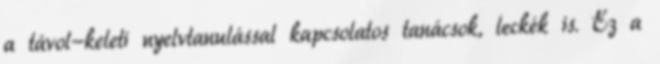
a távol-keleti nyelvtanulással kapcsolatos tanácsok, leckék is. Ez a